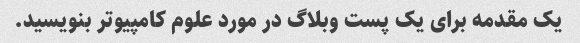
یک مقدمه برای یک پست وبلاگ در مورد علوم کامپیوتر بنویسید.